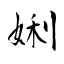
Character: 娳